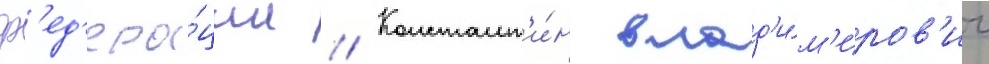
ф'ед'ера́ции // Констант'и́н влад'и́м'иров'ич